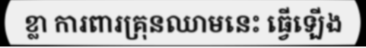
ខ្លា ការពារគ្រុនឈាមនេះ ធ្វើឡើង